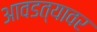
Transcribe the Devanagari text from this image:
आवडत्यावर